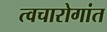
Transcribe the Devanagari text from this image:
त्वचारोगांत